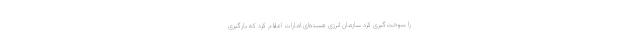
را سوخت‌گیری کرد سازمان انرژی هسته‌ای امارات اعلام کرد که بارگیری